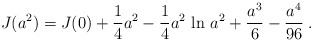
\begin{align*}J(a^2)= J(0) + {1\over 4}a^2 - {1\over 4} a^2\, \ln \, a^2 +{{a^3}\over 6}-{{a^4}\over {96}} \; .\end{align*}